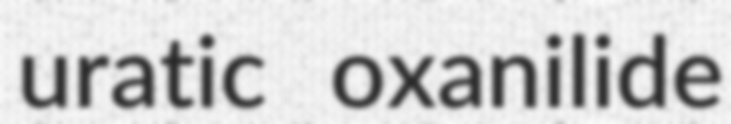
uratic oxanilide